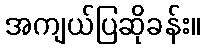
အကျယ်ပြဆိုခန်း။